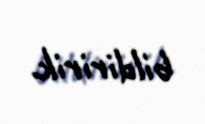
bildiririk.